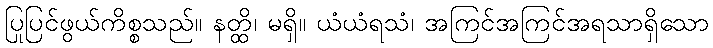
ပြုပြင်ဖွယ်ကိစ္စသည်။ နတ္ထိ၊ မရှိ။ ယံယံရသံ၊ အကြင်အကြင်အရသာရှိသော